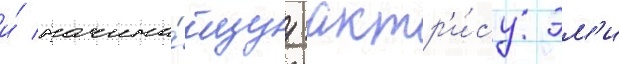
и́ начина́ющуу актр'и́су эм'и